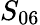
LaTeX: S_{06}